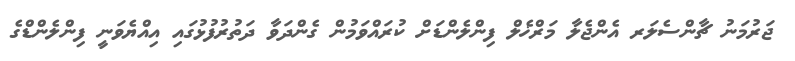
ޖަރުމަނު ޗާންސެލަރ އެންޖެލާ މަރްޚެލް ފިންލެންޑަށް ކުރައްވަމުން ގެންދަވާ ދަތުރުފުޅުގައި އިއްޔެވަނީ ފިންލެންޑްގެ